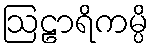
ဩဠာရိကမ္ပိ